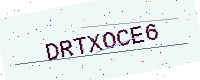
Text: DRTXOCE6